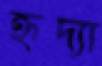
হৃদ্যা